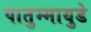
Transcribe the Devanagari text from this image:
पातुम्मायुडे